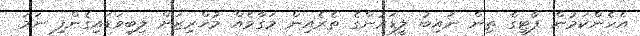
އެހެންކަމުން ޕާޓީގެ ތިން ނައިބު ލީޑަރުންގެ ތެރެއިން މަގާމެއް މުޚްރިޒަށް ލިބިވަޑައިގެންފި ނަމަ